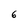
Character: 6